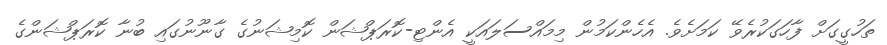
ތަހުގީގަށް ފާހަގަކުރެވޭ ކަމަށެވެ. އެހެންކަމުން މިމައްސަލައަކީ އެންޓި-ކޮރަޕްޝަން ކޮމިޝަނުގެ ގާނޫނުގައި ބުނާ ކޮރަޕްޝަންގެ